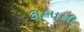
કાશાની